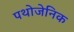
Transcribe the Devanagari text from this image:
पथोजेनिक